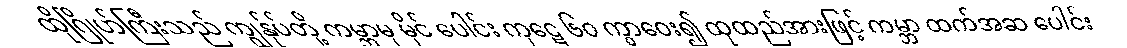
ထိုဂြိုဟ်ကြီးသည် ကျွန်ုပ်တို့ ကမ္ဘာမှ မိုင် ပေါင်း ကုဋေ ၆၀ ကွာဝေး၍ ထုထည်အားဖြင့် ကမ္ဘာ ထက်အဆ ပေါင်း